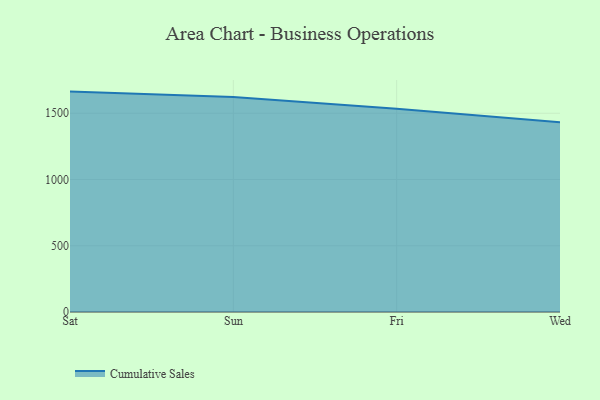
{"axis": {"x": "Day", "y": "Energy Usage (MWh)"}, "legend": ["Cumulative Sales"], "data": [{"x": "Sat", "y": 1663.5, "type": "Cumulative Sales"}, {"x": "Sun", "y": 1623.6, "type": "Cumulative Sales"}, {"x": "Fri", "y": 1533.2, "type": "Cumulative Sales"}, {"x": "Wed", "y": 1432.1, "type": "Cumulative Sales"}]}